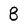
Character: B